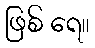
ဖြစ် ရေ။